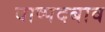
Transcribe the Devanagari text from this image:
वाष्पदबाव